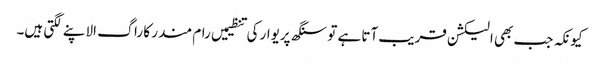
کیونکہ جب بھی الیکشن قریب آتا ہے تو سنگھ پریوار کی تنظیمیں رام مندر کا راگ الاپنے لگتی ہیں۔